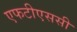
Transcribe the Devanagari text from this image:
एफटीएससी